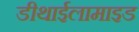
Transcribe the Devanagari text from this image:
डीथाईलामाइड